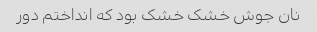
نان جوش خشک خشک بود که انداختم دور